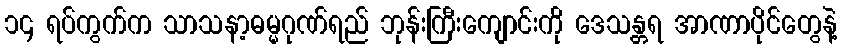
၁၄ ရပ်ကွက်က သာသနာ့ဓမ္မဂုဏ်ရည် ဘုန်းကြီးကျောင်းကို ဒေသန္တရ အာဏာပိုင်တွေနဲ့